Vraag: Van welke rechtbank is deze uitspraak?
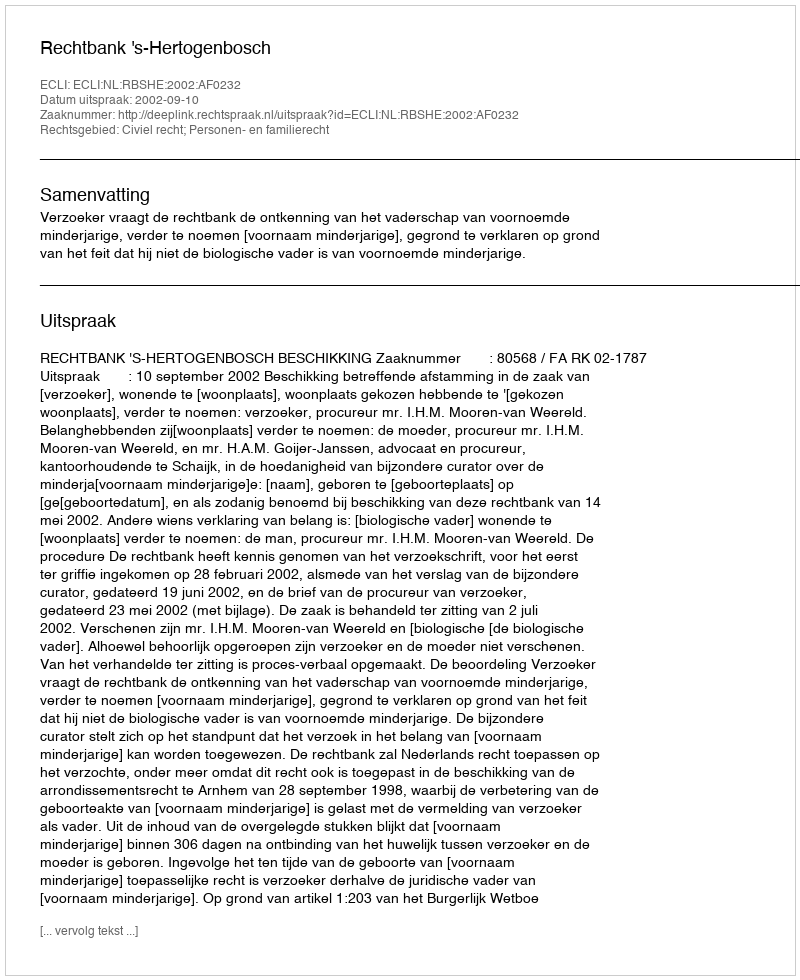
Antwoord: Rechtbank 's-Hertogenbosch